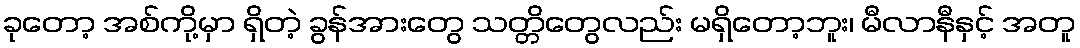
ခုတော့ အစ်ကို့မှာ ရှိတဲ့ ခွန်အားတွေ သတ္တိတွေလည်း မရှိတော့ဘူး၊ မီလာနီနှင့် အတူ